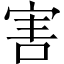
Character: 害